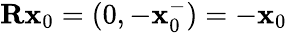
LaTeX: \mathbf{R}\mathbf{x}_{0}=(0,-\mathbf{x}_{0}^{-})=-\mathbf{x}_{0}